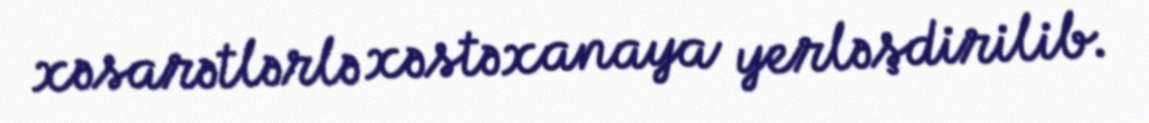
xəsarətlərlə xəstəxanaya yerləşdirilib.